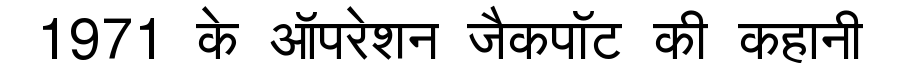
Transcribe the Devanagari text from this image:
1971 के ऑपरेशन जैकपॉट की कहानी